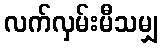
လက်လှမ်းမီသမျှ